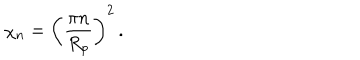
\chi _ { n } = \left( \frac { \pi n } { R _ { p } } \right) ^ { 2 } \, .